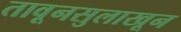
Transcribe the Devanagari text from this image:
तावूनसुलाखून